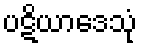
ပဋိယာဒေသုံ